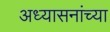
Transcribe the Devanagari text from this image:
अध्यासनांच्या